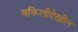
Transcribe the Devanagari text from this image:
वकिलीदेखील